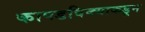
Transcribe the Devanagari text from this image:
कापडविक्याकडून